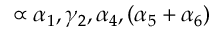
\propto \alpha _ { 1 } , \gamma _ { 2 } , \alpha _ { 4 } , ( \alpha _ { 5 } + \alpha _ { 6 } )